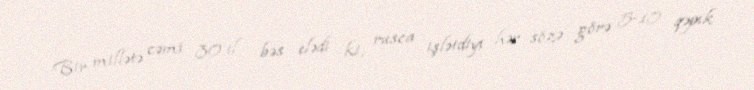
Bir millətə cəmi 30 il bəs elədi ki, rusca işlətdiyi hər sözə görə 5-10 qəpik